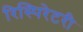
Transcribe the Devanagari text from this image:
रिस्पिरेटरी